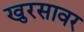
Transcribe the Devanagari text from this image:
खुरसावर